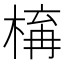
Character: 𣕛